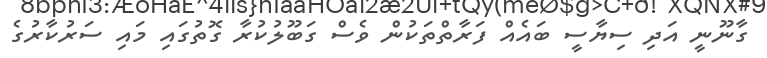
ގާނޫނީ އަދި ސިޔާސީ ބައެއް ފަރާތްތަކުން ވެސް ގަބޫލުކުރާ ގޮތުގައި މައި ސަރުކާރުގެ